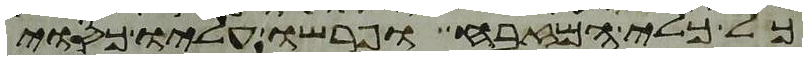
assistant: כל כלי המזבח ופרשו עליו כסוי